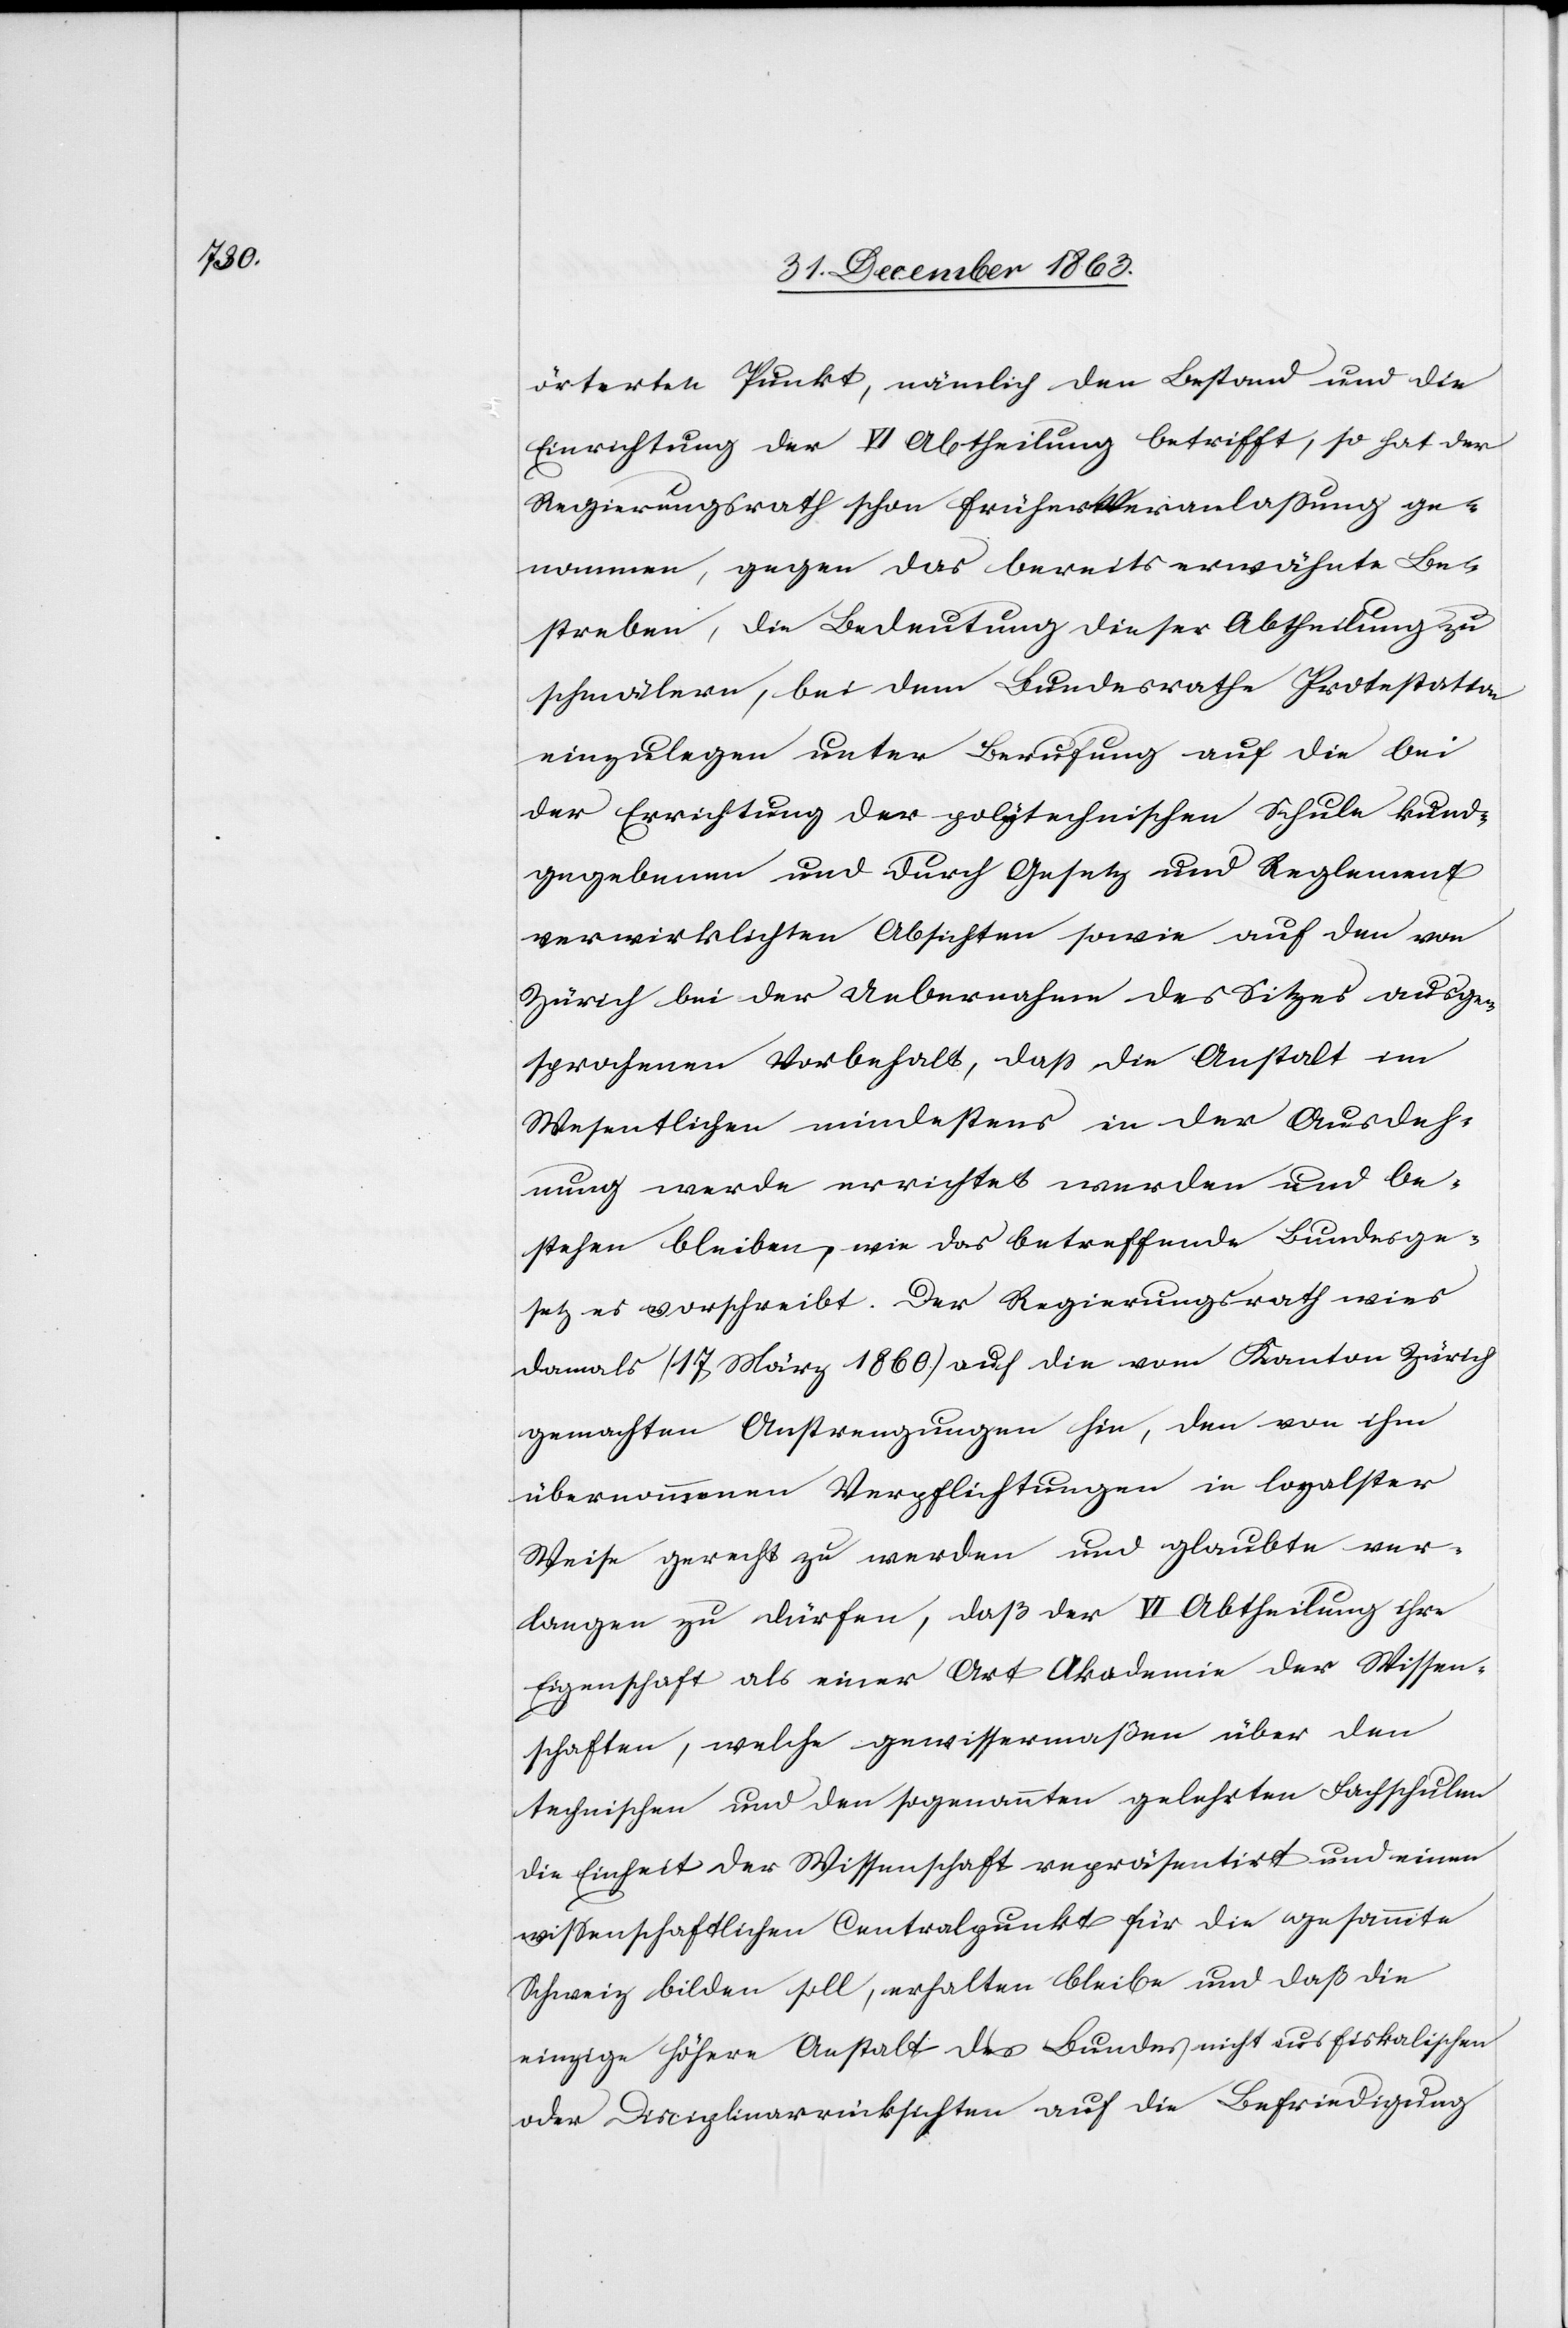
örterten Punkt, nämlich den Bestand und die
Einrichtung der VI Abtheilung betrifft, so hat der
Regierungsrath schon früher Veranlassung ge¬
nommen, gegen das bereits erwähnte Be¬
streben, die Bedeutung dieser Abtheilung zu
schmälern, bei dem Bundesrathe Protestation
einzulegen, unter Berufung auf die bei
der Errichtung der polytechnischen Schule kund¬
gegebenen und durch Gesetz und Reglement
verwirklichten Absichten sowie auf den von
Zürich bei der Uebernahme des Sitzes ausge¬
sprochenen Vorbehalt, dass die Anstalt im
Wesentlichen mindestens in der Ausdeh¬
nung werde errichtet werden und be¬
stehen bleiben, wie das betreffende Bundesge¬
setz es vorschreibt. Der Regierungsrath wies
damals (17. März 1860.) auf die vom Kanton Zürich
gemachten Anstrengungen hin, den von ihm
übernommenen Verpflichtungen in loyalster
Weise gerecht zu werden und glaubte ver¬
langen zu dürfen, daß der VI Abtheilung ihre
Eigenschaft als einer Art Akademie der Wissen¬
schaften, welche gewissermaßen über den
technischen und den sogenannten gelehrten Fachschulen
die Einheit der Wissenschaft repräsentirt und einen
wissenschaftlichen Centralpunkt für die gesammte
Schweiz bilden soll, erhalten bleibe und daß die
einzige höhere Anstalt des Bundes nicht aus fiskalischen
oder Disciplinarrücksichten auf die Befriedigung